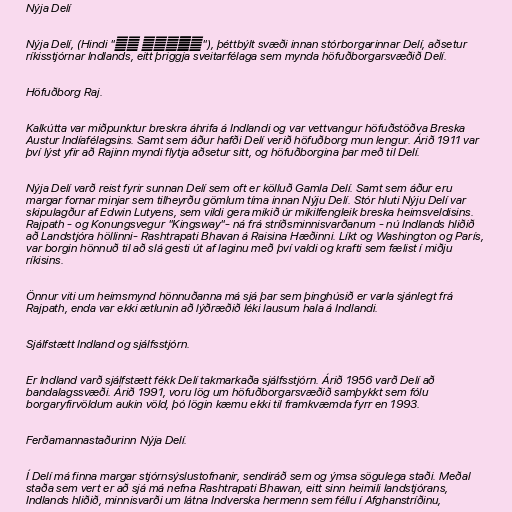
Nýja Delí

Nýja Delí, (Hindi "नई दिल्ली"), þéttbýlt svæði innan stórborgarinnar Delí, aðsetur
ríkisstjórnar Indlands, eitt þriggja sveitarfélaga sem mynda höfuðborgarsvæðið Delí.

Höfuðborg Raj.

Kalkútta var miðpunktur breskra áhrifa á Indlandi og var vettvangur höfuðstöðva Breska
Austur Indíafélagsins. Samt sem áður hafði Delí verið höfuðborg mun lengur. Árið 1911 var
því lýst yfir að Rajinn myndi flytja aðsetur sitt, og höfuðborgina þar með til Delí.

Nýja Delí varð reist fyrir sunnan Delí sem oft er kölluð Gamla Delí. Samt sem áður eru
margar fornar minjar sem tilheyrðu gömlum tíma innan Nýju Delí. Stór hluti Nýju Delí var
skipulagður af Edwin Lutyens, sem vildi gera mikið úr mikilfengleik breska heimsveldisins.
Rajpath - og Konungsvegur "Kingsway"- ná frá stríðsminnisvarðanum - nú Indlands hliðið
að Landstjóra höllinni- Rashtrapati Bhavan á Raisina Hæðinni. Líkt og Washington og París,
var borgin hönnuð til að slá gesti út af laginu með því valdi og krafti sem fælist í miðju
ríkisins.

Önnur viti um heimsmynd hönnuðanna má sjá þar sem þinghúsið er varla sjánlegt frá
Rajpath, enda var ekki ætlunin að lýðræðið léki lausum hala á Indlandi.

Sjálfstætt Indland og sjálfsstjórn.

Er Indland varð sjálfstætt fékk Delí takmarkaða sjálfsstjórn. Árið 1956 varð Delí að
bandalagssvæði. Árið 1991, voru lög um höfuðborgarsvæðið samþykkt sem fólu
borgaryfirvöldum aukin völd, þó lögin kæmu ekki til framkvæmda fyrr en 1993.

Ferðamannastaðurinn Nýja Delí.

Í Delí má finna margar stjórnsýslustofnanir, sendiráð sem og ýmsa sögulega staði. Meðal
staða sem vert er að sjá má nefna Rashtrapati Bhawan, eitt sinn heimili landstjórans,
Indlands hliðið, minnisvarði um látna Indverska hermenn sem féllu í Afghanstríðinu,